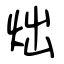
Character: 炪